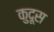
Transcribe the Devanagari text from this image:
कुदूस